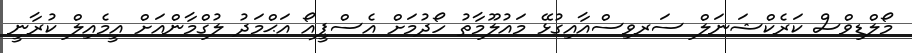
މޯލްޑިވްސް ކަރެކްޝަނަލް ސަރވިސްއާއިގުޅޭ މައުލޫމާތު ހޯދުމަށް އެސްޕީއޯ އަޙްމަދު ލުގްމާންއަށް އީމެއިލް ކުރާނީ